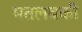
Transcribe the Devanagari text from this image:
मतलबकी